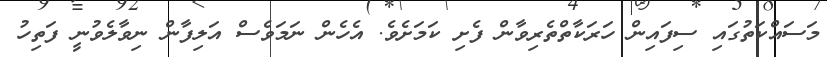
މަސައްކަތުގައި ސިފައިން ހަރަކާތްތެރިވާން ފެށި ކަމަށެވެ. އެހެން ނަމަވެސް އަލިފާން ނިވާލެވުނީ ފަތިހު